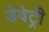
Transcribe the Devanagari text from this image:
डेवेट्री